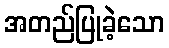
အတည်ပြုခဲ့သော